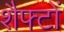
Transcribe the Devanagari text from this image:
शैफ्टों